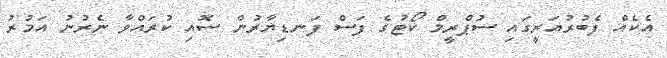
އެކެއް ފެބުރުއަރީގައި ސުޕްރީމް ކޯޓުގެ ފަސް ފަނޑިޔާރުން ސޮއި ކުރައްވާ ނެރުނު އަމުރު